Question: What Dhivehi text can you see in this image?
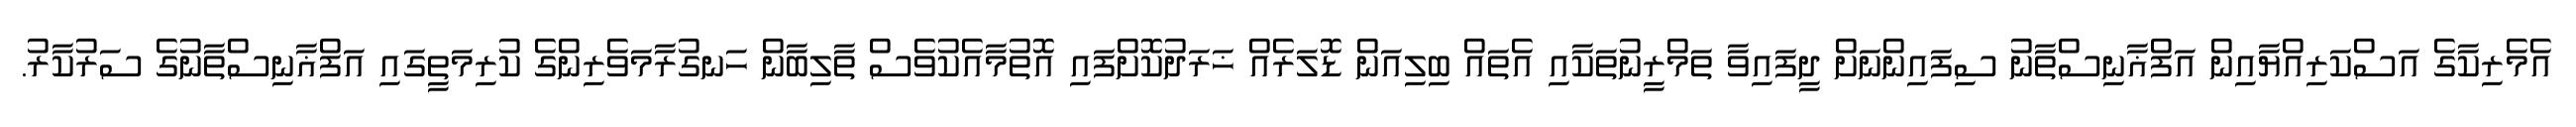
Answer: އެމެރިކާގެ އަސްކަރިއްޔާއިން އަފްޣާނިސްތާނު ސިފައިންނަށް ދީފައިވާ ތަމްރީނުތަކާއި އެތައް ބިލިއަން ޑޮލަރެއް ޚަރަދުކޮށްފައި އޮތުމާއެކުވެސް ތާލިބާން ހަނގުރާމަވެރިންގެ ކުރިމަތީގައި އަފްޣާނިސްތާނުގެ ސަރުކާރު.